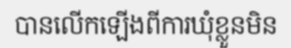
បានលើកឡើងពីការឃុំខ្លួនមិន